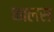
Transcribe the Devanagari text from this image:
कालस